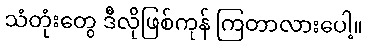
သံတုံးတွေ ဒီလိုဖြစ်ကုန် ကြတာလားပေါ့။